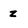
Character: z